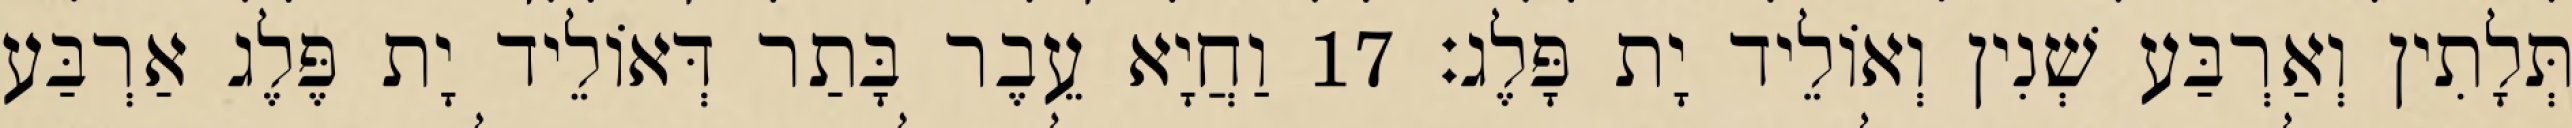
תְּלָתִין וְאַרְבַּע שְׁנִין וְאוֹלֵיד יָת פָּלֶג׃ 17 וַחֲיָא עֵבֶר בָּתַר דְּאוֹלֵיד יָת פֶּלֶג אַרְבַּע